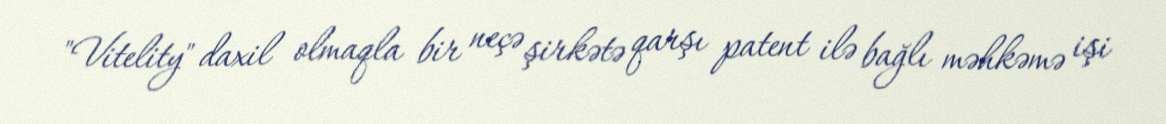
"Vitelity" daxil olmaqla bir neçə şirkətə qarşı patent ilə bağlı məhkəmə işi